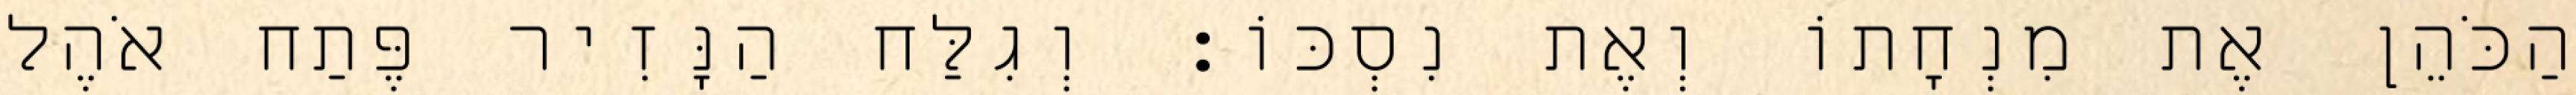
הַכֹּהֵן אֶת מִנְחָתוֹ וְאֶת נִסְכּוֹ׃ וְגִלַּח הַנָּזִיר פֶּתַח אֹהֶל